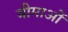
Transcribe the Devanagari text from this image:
बीमाओं